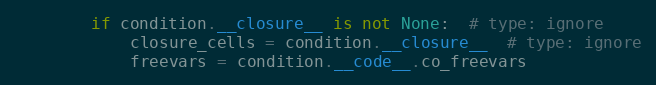
Language: Python
        if condition.__closure__ is not None:  # type: ignore
            closure_cells = condition.__closure__  # type: ignore
            freevars = condition.__code__.co_freevars